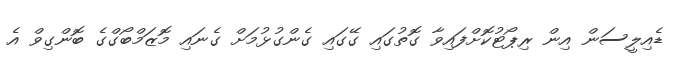
ޑެއިލީސަން އިން ރިޕޯޓުކޮށްފައިވާ ގޮތުގައި ގޭގައި ގެންގުޅުމަށް ގެނައި މޮޒަމްބޯގްގެ ބޮންގިވް އެ